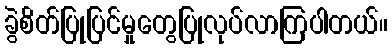
ခွဲစိတ်ပြုပြင်မှုတွေပြုလုပ်လာကြပါတယ်။